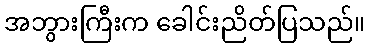
အဘွားကြီးက ခေါင်းညိတ်ပြသည်။